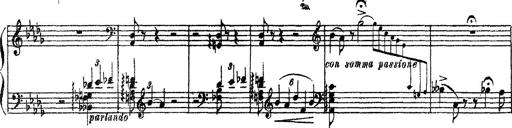
Title: 3 sonetti di Petrarca
Composer: Franz Liszt